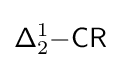
{\mathsf {\Delta }}_{2}^{1}{\mathsf {-CR}}